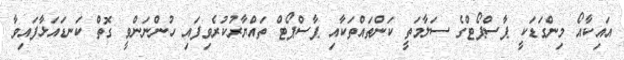
އައިކާއޯ މިންގަޑަކީ ޕާސްޕޯޓްގެ ސަލާމަތީ ކަންތައްތަކާއި ޕާސްޕޯޓް ތައްޔާރުކުރެވިފައި ހުންނަންވީ ގޮތް ކަނޑައަޅާފައިވާ